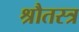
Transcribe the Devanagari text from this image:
श्रौतस्त्र